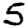
Digit: 5